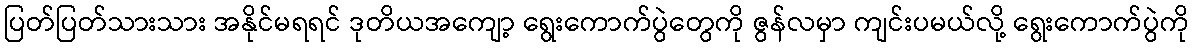
ပြတ်ပြတ်သားသား အနိုင်မရရင် ဒုတိယအကျော့ ရွေးကောက်ပွဲတွေကို ဇွန်လမှာ ကျင်းပမယ်လို့ ရွေးကောက်ပွဲကို